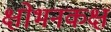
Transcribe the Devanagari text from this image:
क्षोभनकक्ष